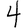
Digit: 4